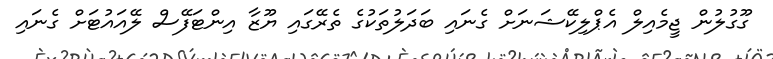
ގޫގުލުން ޖީމެއިލް އެޕްލިކޭޝަނަށް ގެނައި ބަދަލުތަކުގެ ތެރޭގައި ޔޫޒާ އިންޓަފޭސް ލޭއައުޓަށް ގެނައި